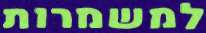
למשמרות